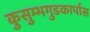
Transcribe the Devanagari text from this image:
कुसुम्भगुडकार्पास